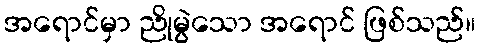
အရောင်မှာ ညိုမွဲသော အရောင် ဖြစ်သည်။